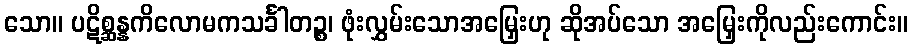
သော။ ပဋိစ္ဆန္နကိလောမကသင်္ခါတဉ္စ၊ ဖုံးလွှမ်းသောအမြှေးဟု ဆိုအပ်သော အမြှေးကိုလည်းကောင်း။